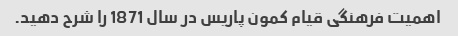
اهمیت فرهنگی قیام کمون پاریس در سال 1871 را شرح دهید.